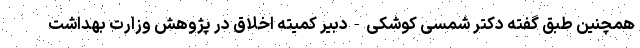
همچنین طبق گفته دکتر شمسی کوشکی-دبیر کمیته اخلاق در پژوهش وزارت بهداشت